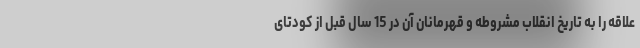
علاقه را به تاریخ انقلاب مشروطه و قهرمانان آن در 15 سال قبل از کودتای